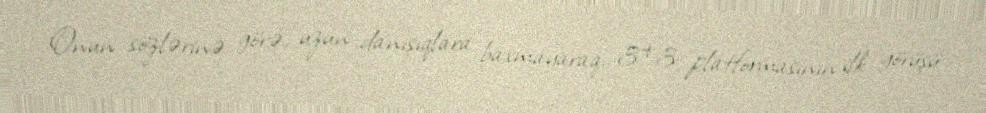
Onun sözlərinə görə, uzun danışıqlara baxmayaraq, 3+3 platformasının ilk görüşü